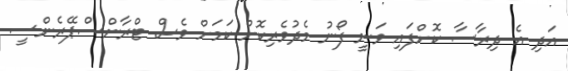
އަދި އެ ދިރާސާ ކޮށްފައި ވަނީ ފޯނު މެދުވެރިކޮށް ކަމަށް ވެސް ޓްރާންސްޕޭރެންސީ